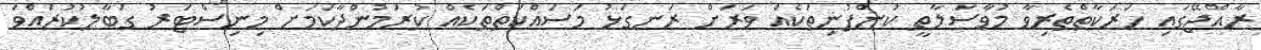
ރާއްޖޭގައި ހަރަކާތްތެރިވާ މުވާސަލާތީ ކުންފުނިތަކެއް ވަރަށް ރަނގަޅު މަސައްކަތްތަކެއް ކުރަމުންދާކަމަށް މިނިސްޓަރު ގަބާލުކުރައްވަ